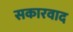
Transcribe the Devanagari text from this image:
सकारवाद